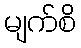
မျက်စိ